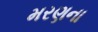
મરણના